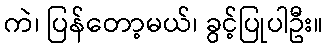
ကဲ၊ ပြန်တော့မယ်၊ ခွင့်ပြုပါဦး။